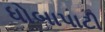
ધોબાપાટી